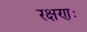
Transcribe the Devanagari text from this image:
रक्षणः